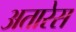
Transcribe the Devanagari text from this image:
अतारेस